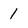
Character: 1